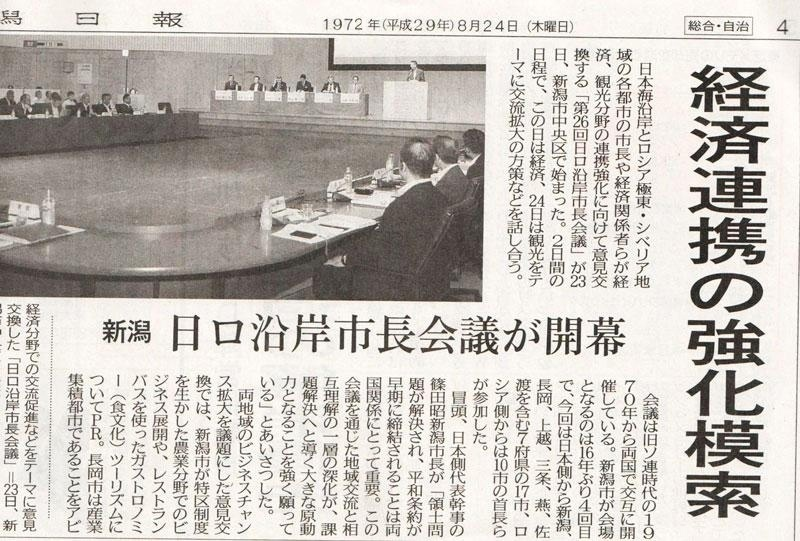
Language: ja